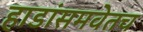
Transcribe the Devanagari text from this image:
हाडांसमवेतच